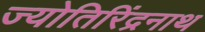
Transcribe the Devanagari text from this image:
ज्योतिरिंद्रनाथ